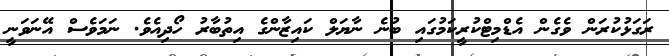
ރަގަޅުކުރަން ވެގެން އެޑްމިޓްކުރީކަމުގައި ބުނެ ނާޔަލް ކައިޒާންގެ އިތުބާރު ހޯދިއެވެ. ނަމަވެސް އޭނަވަނީ